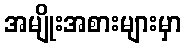
အမျိုးအစားများမှာ